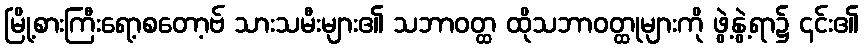
မြို့စားကြီးရော့စတော့ဗ် သားသမီးများ၏ သဘာဝတ္ထ ထိုသဘာဝတ္ထုများကို ဖွဲ့နွဲ့ရာ၌ ၎င်း၏